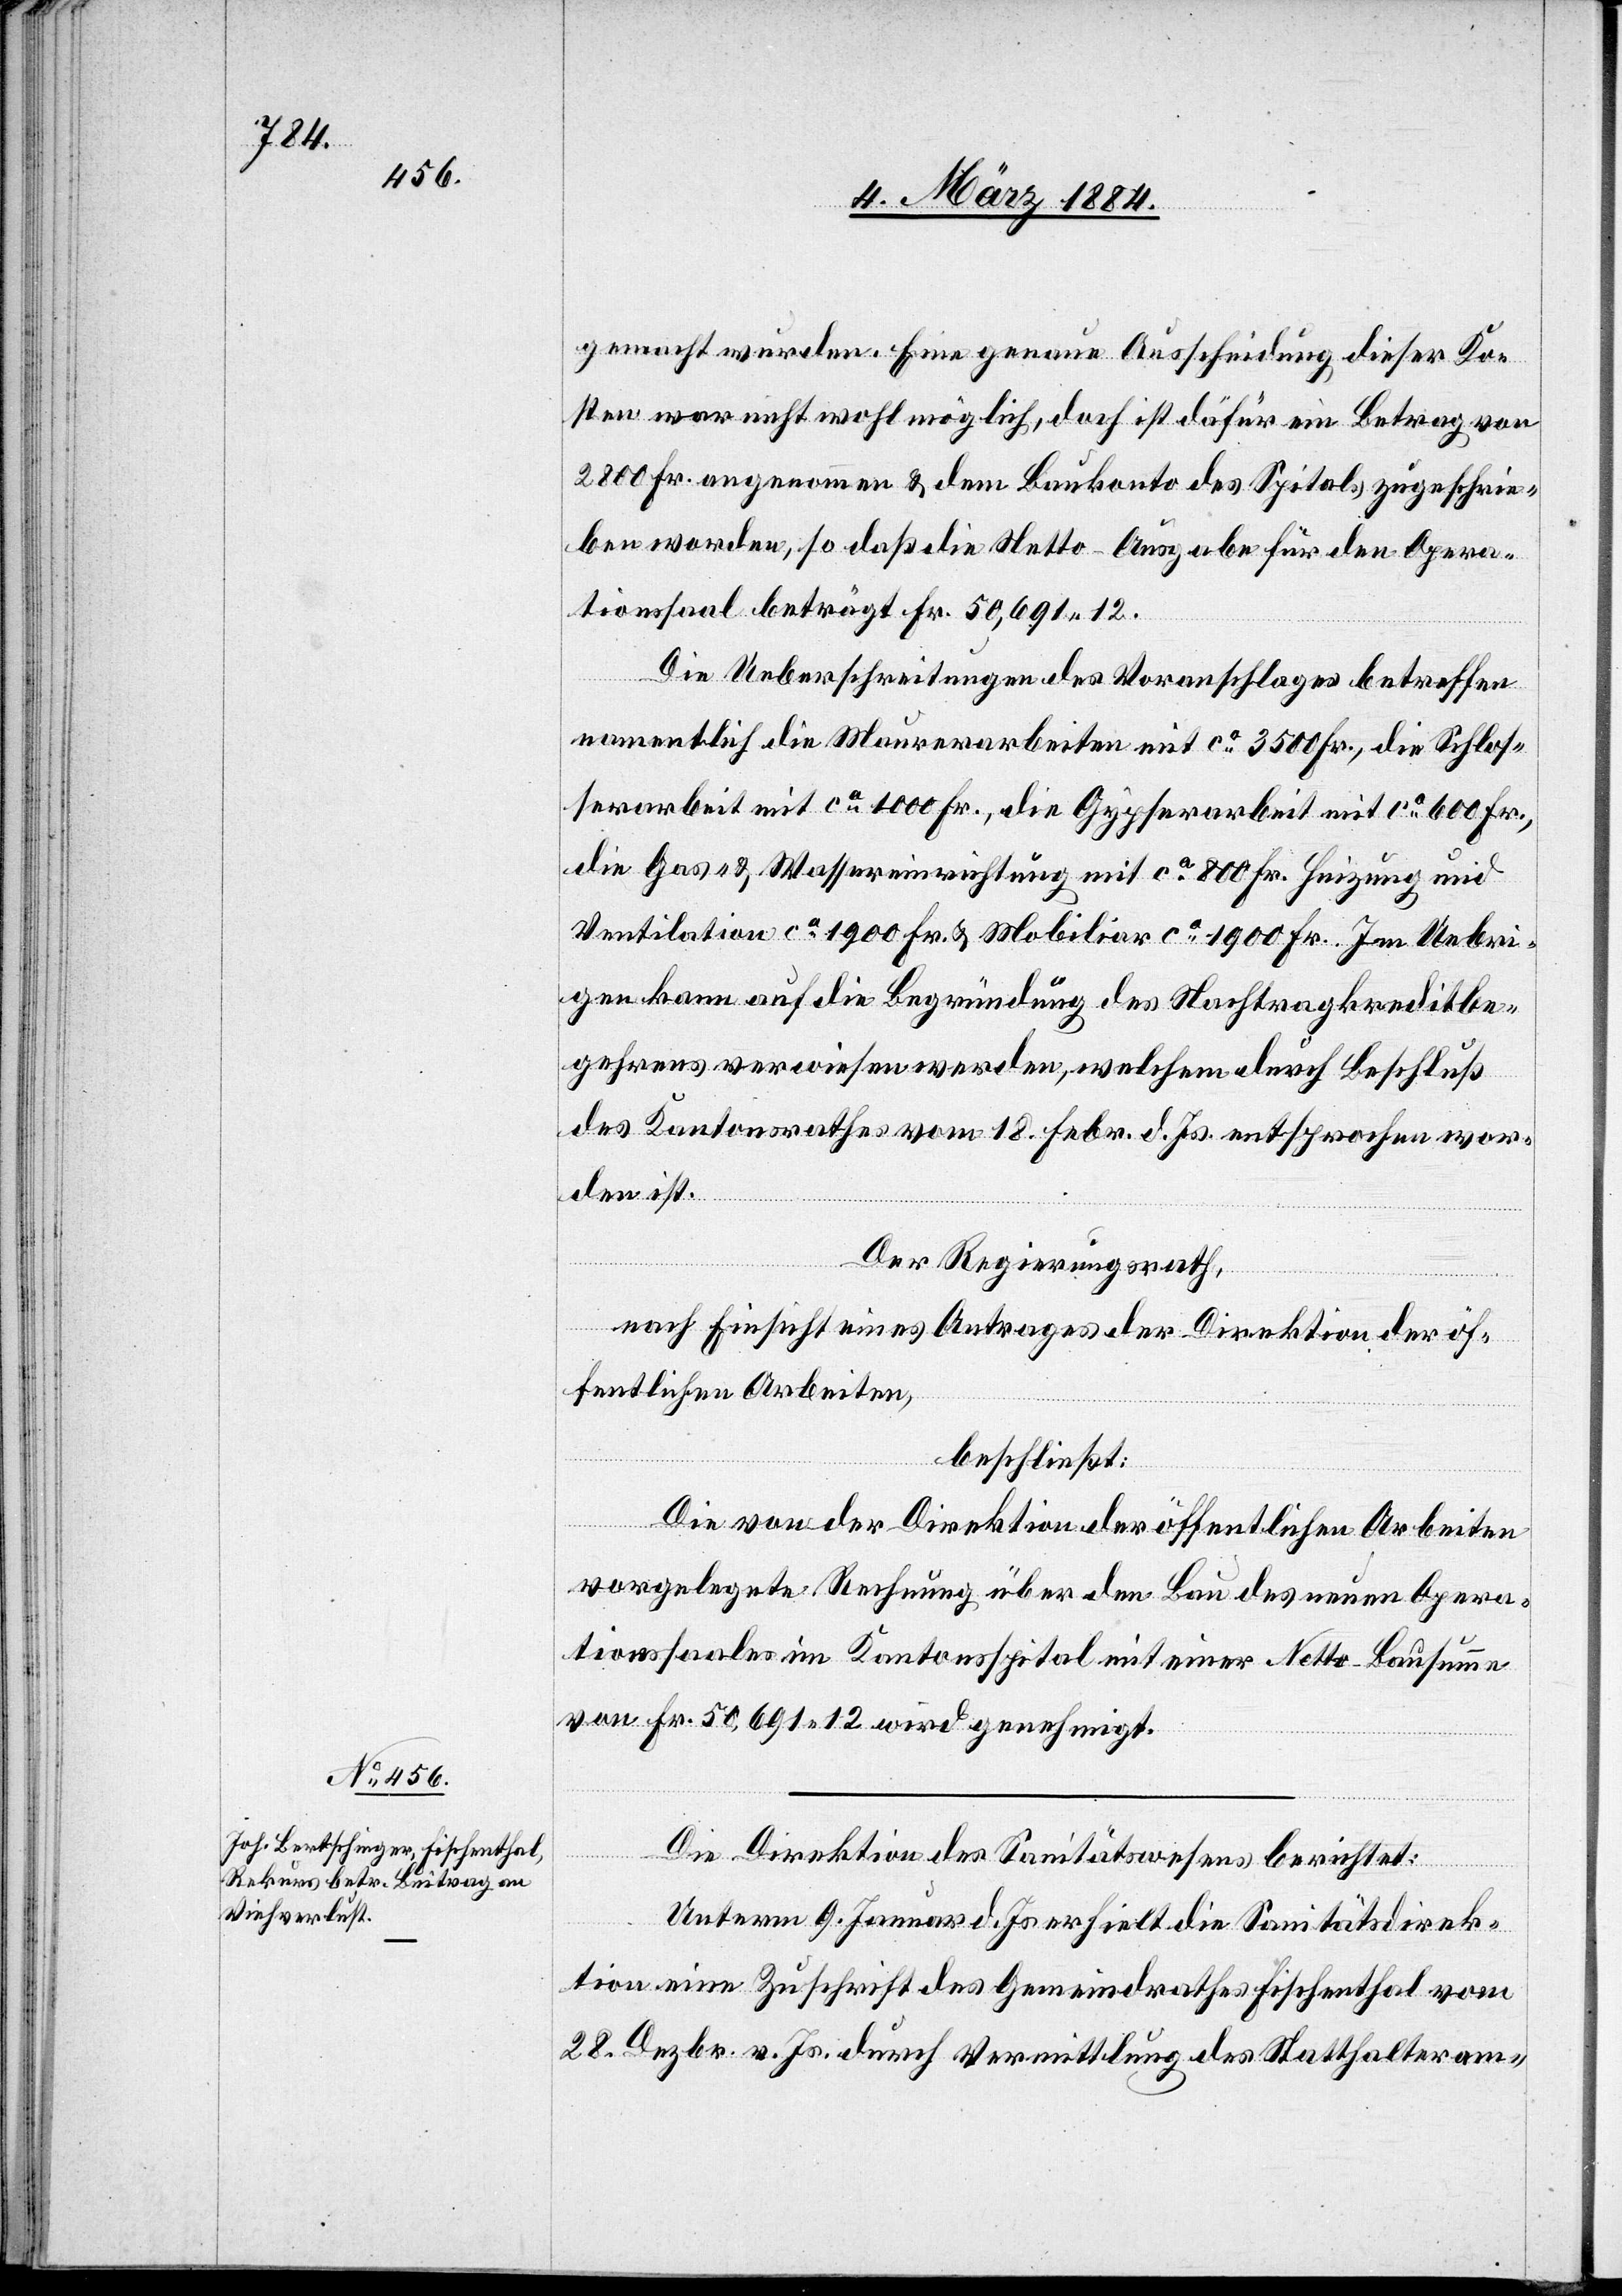
gemacht wurden. Eine genaue Ausscheidung dieser Ko¬
sten war nicht wohl möglich, doch ist dafür ein Betrag von
2800 Fr. angenommen & dem Baukonto des Spitals zugeschrie¬
ben worden, so daß die Netto-Ausgabe für den Opera¬
tionssaal beträgt Fr. 50,691 12.
Die Ueberschreitungen des Voranschlages betreffen
namentlich die Maurerarbeiten mit ca 3500 Fr., die Schlos¬
serarbeit mit ca 1100 Fr., die Gypserarbeit mit ca 600 Fr.,
die Gas- & Wassereinrichtung mit ca 800 Fr., Heizung und
Ventilation ca 1900 Fr. & Mobiliar ca 1900 Fr. Im Uebri¬
gen kann auf die Begründung des Nachtragskreditbe¬
gehrens verwiesen werden, welchem durch Beschluß
des Kantonsrathes vom 18. Febr. d. Js. entsprochen wor¬
den ist.
Der Regierungsrath,
nach Einsicht eines Antrags der Direktion der öf¬
fentlichen Arbeiten,
beschließt:
Die von der Direktion der öffentlichen Arbeiten
vorgelegte Rechnung über den Bau des neuen Opera¬
tionssaales im Kantonsspital mit einer Netto Bausumme
von Fr. 50 691 12 wird genehmigt.
Die Direktion des Sanitätswesens berichtet:
Unterm 9. Januar d. Js. erhielt die Sanitätsdirek¬
tion eine Zuschrift des Gemeindrathes Fischenthal vom
28. Dezbr. v. Js. durch Vermittlung des Statthalteram-